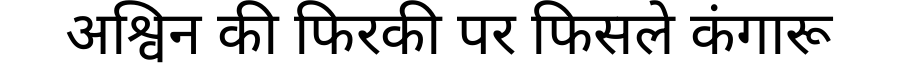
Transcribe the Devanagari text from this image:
अश्विन की फिरकी पर फिसले कंगारू